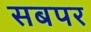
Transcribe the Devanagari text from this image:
सबपर